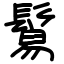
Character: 鬄